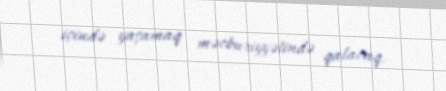
içində yaşamaq məcburiyyətində qalacaq.